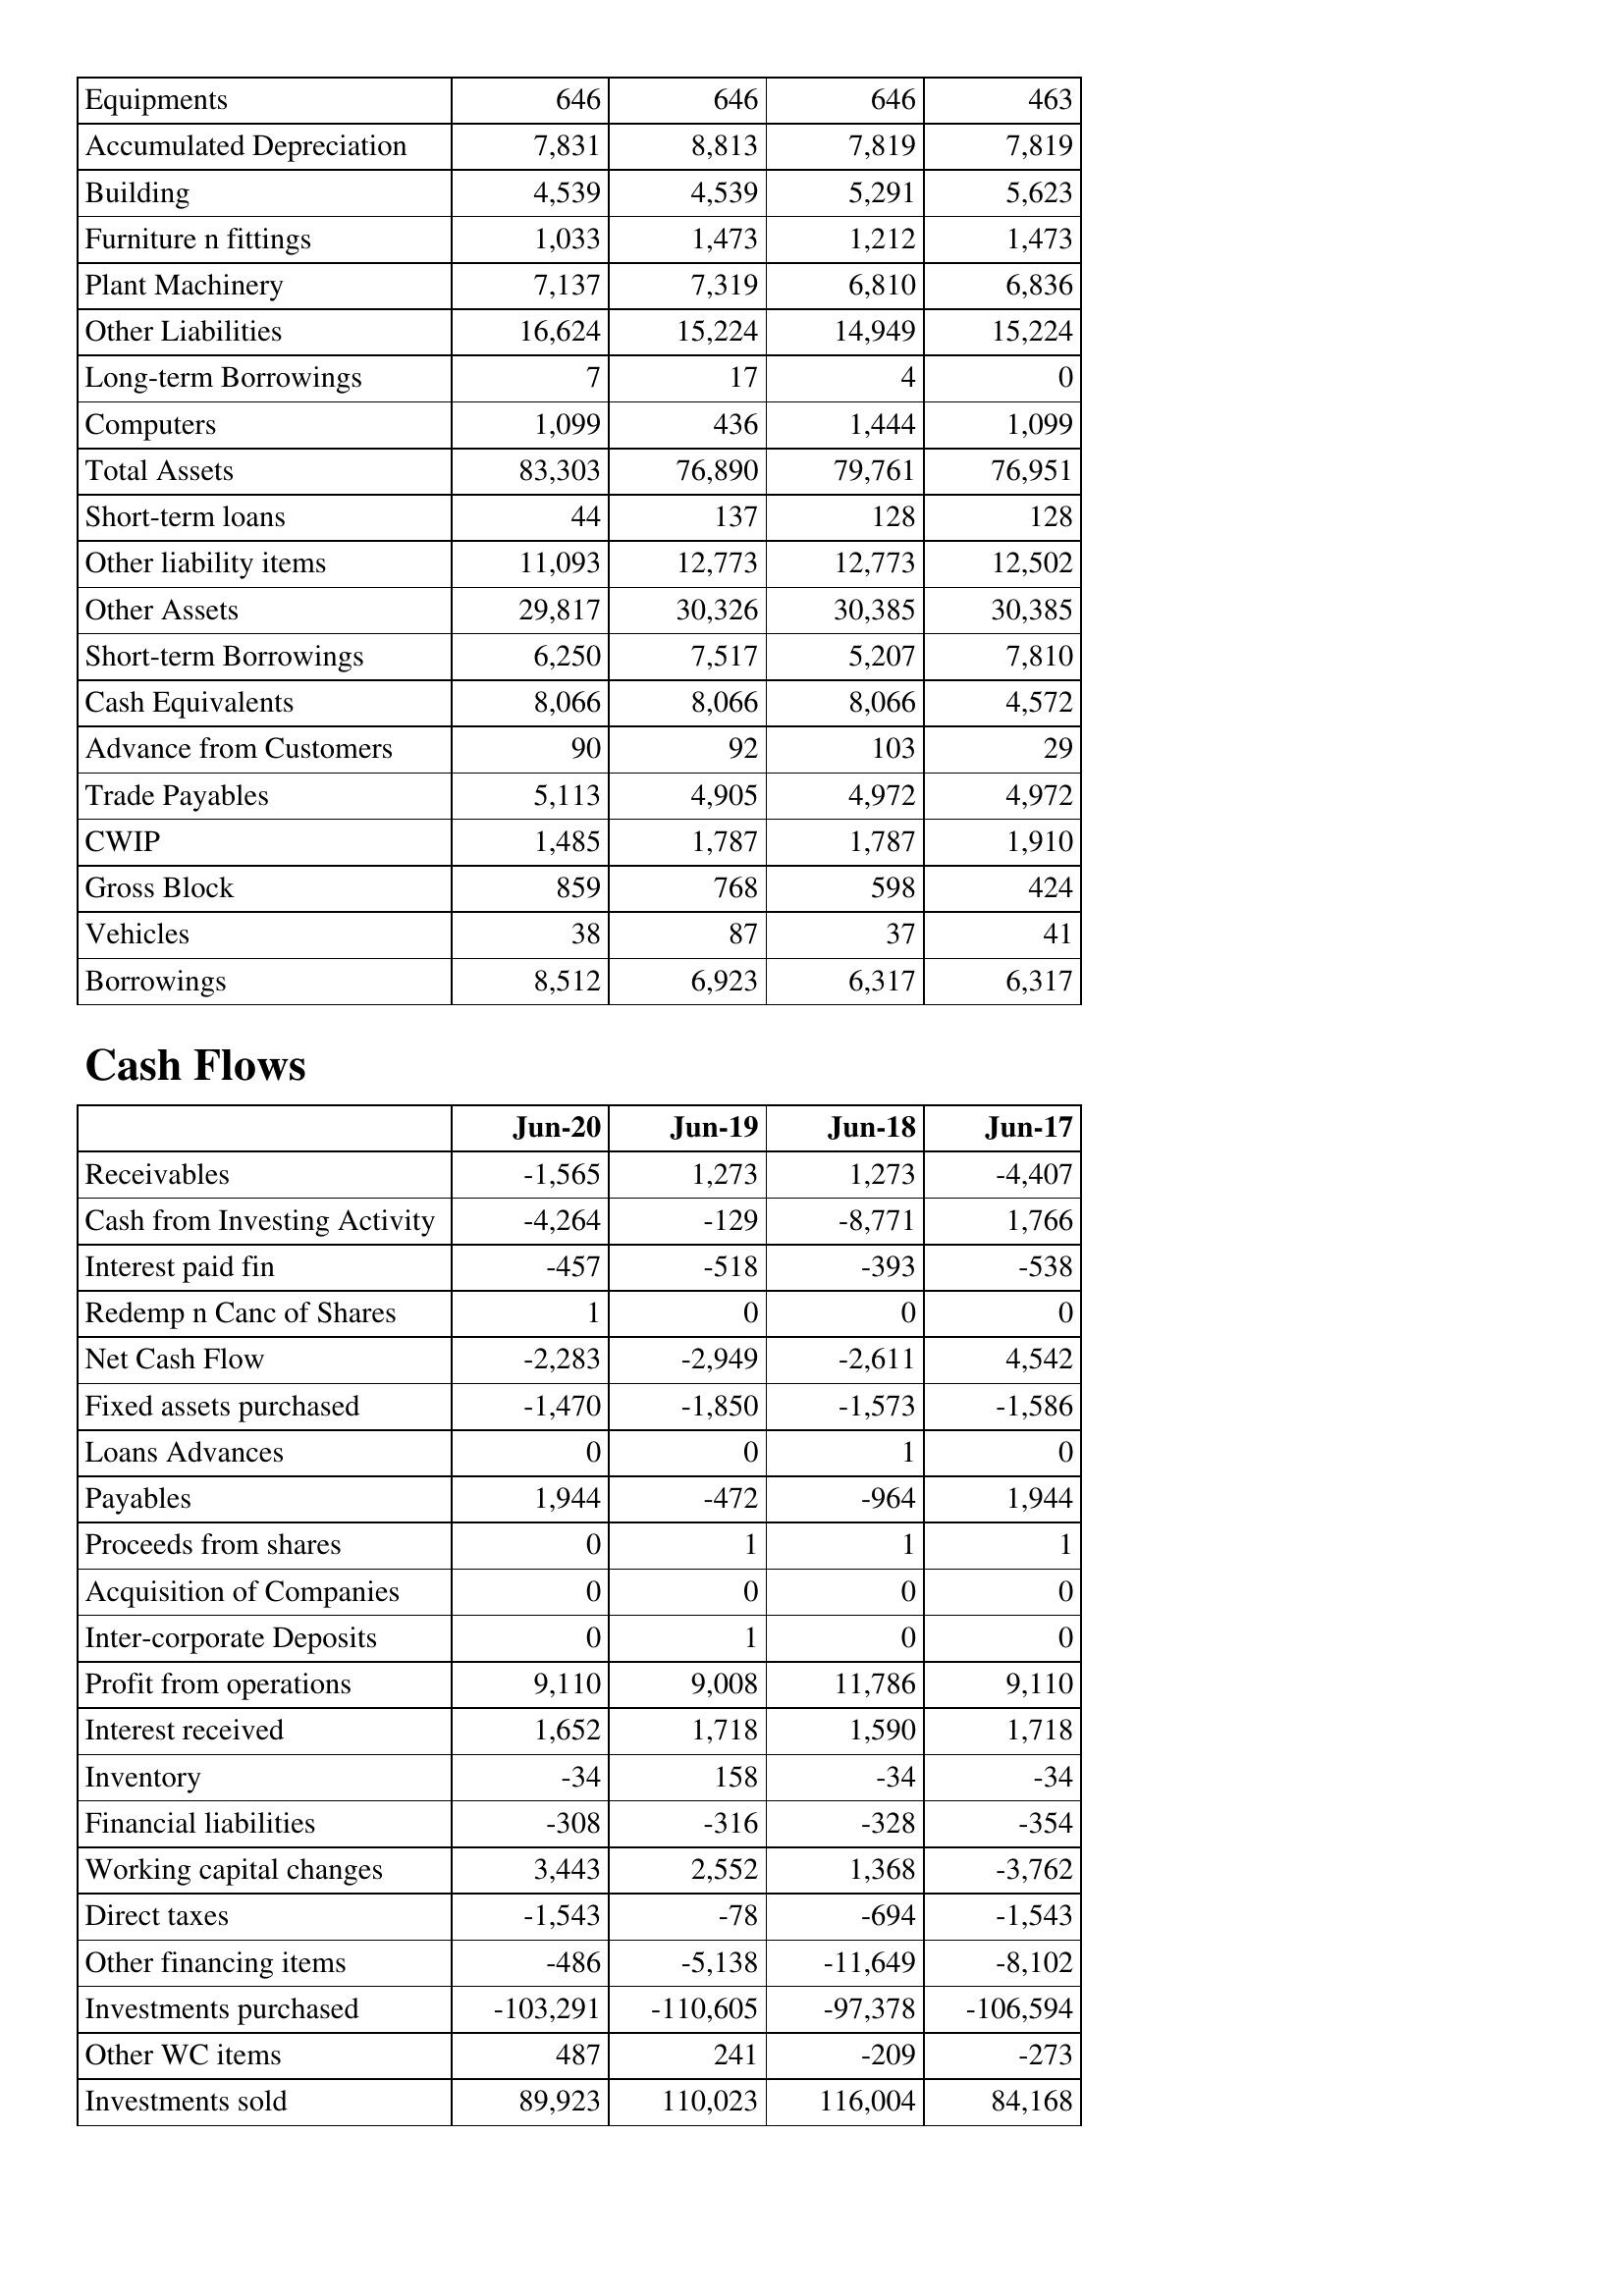
Jun-20: Balance Sheet: Equipments: 646
Accumulated Depreciation: 7,831
Building: 4,539
Furniture n fittings: 1,033
Plant Machinery: 7,137
Other Liabilities: 16,624
Long-term Borrowings: 7
Computers: 1,099
Total Assets: 83,303
Short-term loans: 44
Other liability items: 11,093
Other Assets: 29,817
Short-term Borrowings: 6,250
Cash Equivalents: 8,066
Advance from Customers: 90
Trade Payables: 5,113
CWIP: 1,485
Gross Block: 859
Vehicles: 38
Borrowings: 8,512
Cash Flows: Receivables: -1,565
Cash from Investing Activity: -4,264
Interest paid fin: -457
Redemp n Canc of Shares: 1
Net Cash Flow: -2,283
Fixed assets purchased: -1,470
Loans Advances: 0
Payables: 1,944
Proceeds from shares: 0
Acquisition of Companies: 0
Inter-corporate Deposits: 0
Profit from operations: 9,110
Interest received: 1,652
Inventory: -34
Financial liabilities: -308
Working capital changes: 3,443
Direct taxes: -1,543
Other financing items: -486
Investments purchased: -103,291
Other WC items: 487
Investments sold: 89,923
Jun-19: Balance Sheet: Equipments: 646
Accumulated Depreciation: 8,813
Building: 4,539
Furniture n fittings: 1,473
Plant Machinery: 7,319
Other Liabilities: 15,224
Long-term Borrowings: 17
Computers: 436
Total Assets: 76,890
Short-term loans: 137
Other liability items: 12,773
Other Assets: 30,326
Short-term Borrowings: 7,517
Cash Equivalents: 8,066
Advance from Customers: 92
Trade Payables: 4,905
CWIP: 1,787
Gross Block: 768
Vehicles: 87
Borrowings: 6,923
Cash Flows: Receivables: 1,273
Cash from Investing Activity: -129
Interest paid fin: -518
Redemp n Canc of Shares: 0
Net Cash Flow: -2,949
Fixed assets purchased: -1,850
Loans Advances: 0
Payables: -472
Proceeds from shares: 1
Acquisition of Companies: 0
Inter-corporate Deposits: 1
Profit from operations: 9,008
Interest received: 1,718
Inventory: 158
Financial liabilities: -316
Working capital changes: 2,552
Direct taxes: -78
Other financing items: -5,138
Investments purchased: -110,605
Other WC items: 241
Investments sold: 110,023
Jun-18: Balance Sheet: Equipments: 646
Accumulated Depreciation: 7,819
Building: 5,291
Furniture n fittings: 1,212
Plant Machinery: 6,810
Other Liabilities: 14,949
Long-term Borrowings: 4
Computers: 1,444
Total Assets: 79,761
Short-term loans: 128
Other liability items: 12,773
Other Assets: 30,385
Short-term Borrowings: 5,207
Cash Equivalents: 8,066
Advance from Customers: 103
Trade Payables: 4,972
CWIP: 1,787
Gross Block: 598
Vehicles: 37
Borrowings: 6,317
Cash Flows: Receivables: 1,273
Cash from Investing Activity: -8,771
Interest paid fin: -393
Redemp n Canc of Shares: 0
Net Cash Flow: -2,611
Fixed assets purchased: -1,573
Loans Advances: 1
Payables: -964
Proceeds from shares: 1
Acquisition of Companies: 0
Inter-corporate Deposits: 0
Profit from operations: 11,786
Interest received: 1,590
Inventory: -34
Financial liabilities: -328
Working capital changes: 1,368
Direct taxes: -694
Other financing items: -11,649
Investments purchased: -97,378
Other WC items: -209
Investments sold: 116,004
Jun-17: Balance Sheet: Equipments: 463
Accumulated Depreciation: 7,819
Building: 5,623
Furniture n fittings: 1,473
Plant Machinery: 6,836
Other Liabilities: 15,224
Long-term Borrowings: 0
Computers: 1,099
Total Assets: 76,951
Short-term loans: 128
Other liability items: 12,502
Other Assets: 30,385
Short-term Borrowings: 7,810
Cash Equivalents: 4,572
Advance from Customers: 29
Trade Payables: 4,972
CWIP: 1,910
Gross Block: 424
Vehicles: 41
Borrowings: 6,317
Cash Flows: Receivables: -4,407
Cash from Investing Activity: 1,766
Interest paid fin: -538
Redemp n Canc of Shares: 0
Net Cash Flow: 4,542
Fixed assets purchased: -1,586
Loans Advances: 0
Payables: 1,944
Proceeds from shares: 1
Acquisition of Companies: 0
Inter-corporate Deposits: 0
Profit from operations: 9,110
Interest received: 1,718
Inventory: -34
Financial liabilities: -354
Working capital changes: -3,762
Direct taxes: -1,543
Other financing items: -8,102
Investments purchased: -106,594
Other WC items: -273
Investments sold: 84,168